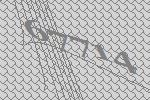
67714